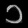
Digit: ၁